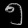
Digit: ၅